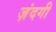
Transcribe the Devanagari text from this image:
ज़ंदगी